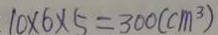
1 0 \times 6 \times 5 = 3 0 0 ( c m ^ { 3 } )